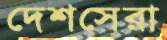
দেশসেরা